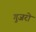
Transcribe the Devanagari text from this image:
गुजरो